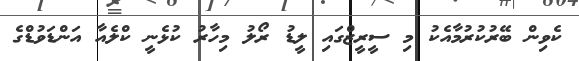
ކެވިން ބޭރުކުރުމާއެކު މި ސީރީޒްގައި ލީޑު ރޯލު މިހާރު ކުޅެނީ ކްލެއާ އަންޑަވުޑްގެ